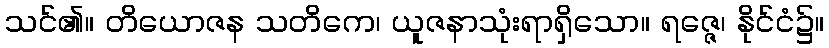
သင်၏။ တိယောဇန သတိကေ၊ ယူဇနာသုံးရာရှိသော။ ရဇ္ဇေ၊ နိုင်ငံ၌။